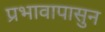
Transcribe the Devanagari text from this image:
प्रभावापासुन